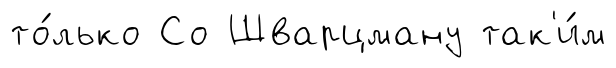
то́лько Со Шварцману так'и́м